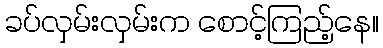
ခပ်လှမ်းလှမ်းက စောင့်ကြည့်နေ။